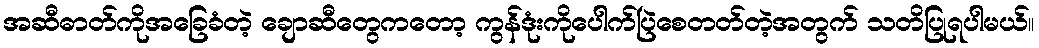
အဆီဓာတ်ကိုအခြေခံတဲ့ ချောဆီတွေကတော့ ကွန်ဒုံးကိုပေါက်ပြဲစေတတ်တဲ့အတွက် သတိပြုရပါမယ်။